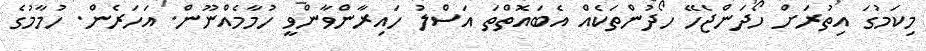
މިކަމުގަ އިތުރަށް ހޯދަންޖެހޭ ހޯދުންތަކެއް އެބައޮތްތަ އަސްލު ހައިރާންވާންވީ ހުމާމެއްނޫން. އަހަރެން. ހުމާމުގެ